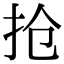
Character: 抢